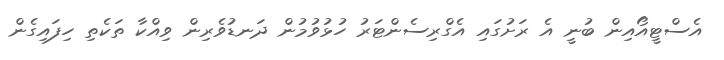
އެސްޓީއޯއިން ބުނީ އެ ރަށުގައި އެގްރިސެންޓަރު ހުޅުވުމުން ދަނޑުވެރިން ވިއްކާ ތަކެތި ހިފައިގެން